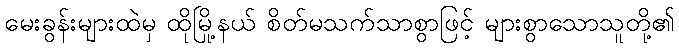
မေးခွန်းများထဲမှ ထိုမြို့နယ် စိတ်မသက်သာစွာဖြင့် များစွာသောသူတို့၏